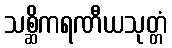
သစ္ဆိကရဏီယသုတ္တံ